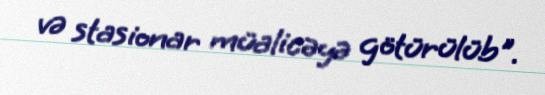
və stasionar müalicəyə götürülüb".